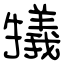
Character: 犠